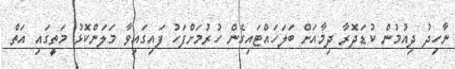
ނާހިދު ދިއުމުން ކުޑަދޮރާ ދިމާއަށް ބަލަހައްޓައިގެން ހުރުމަށްފަހު ފައިގައިވާ މަލަންކޮޅު މަތީގައި އަތް